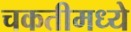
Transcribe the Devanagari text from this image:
चकतीमध्ये